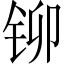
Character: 铆